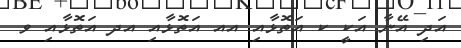
އަދި އޭނާ އަކީ ކ އަތޮޅާއި އއ އަތޮޅާއި އދ އަތޮޅާއި ވ